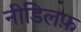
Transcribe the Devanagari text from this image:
नीडिलफ़